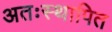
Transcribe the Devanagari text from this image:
अतःस्थापित